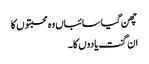
چھن گیا سائباں وہ محبتوں کا
ان گنت یادوں کا۔